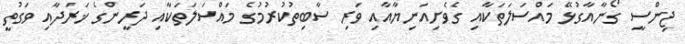
ޖިންސީ ގޯނާއާގުޅޭ މައްސަލަތަކާއި ގެވެށިއަނިޔާއާއި ވަރި ސާބިތުކުރުމުގެ މައްސަލަތަކާއި ދަރީންގެ ޚަރަދާއި ވަގުތީ